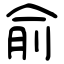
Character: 俞